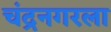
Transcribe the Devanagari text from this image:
चंद्रनगरला